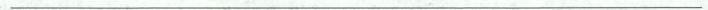
___